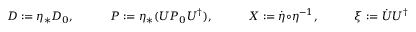
D : = \eta _ { * } D _ { 0 } , \qquad \quad { \cal P } : = \eta _ { * } ( U { \cal P } _ { 0 } U ^ { \dagger } ) , \qquad \quad \boldsymbol { \cal X } : = \dot { \boldsymbol \eta } \circ \boldsymbol \eta ^ { - 1 } , \qquad \quad \xi : = \dot { U } U ^ { \dagger } \circ \boldsymbol \eta ^ { - 1 } .